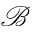
\mathscr { B }